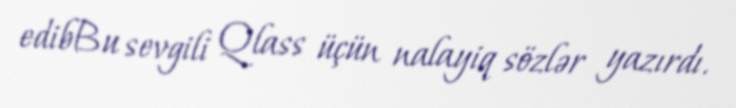
edibBu sevgili Qlass üçün nalayiq sözlər yazırdı.